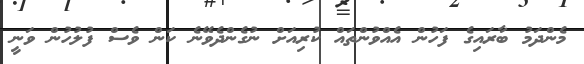
މެންދަމު ބާރައިގެ ފަހުން އެއްވުންތައް ކުރިއަށް ނުގެންދެވޭނެ ކަން ވެސް ފުލުހުން ވަނީ